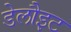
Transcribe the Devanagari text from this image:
डेलौइट